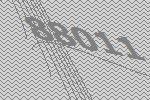
88011